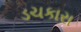
ડચકારા